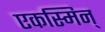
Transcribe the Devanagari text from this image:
एकस्मिन्